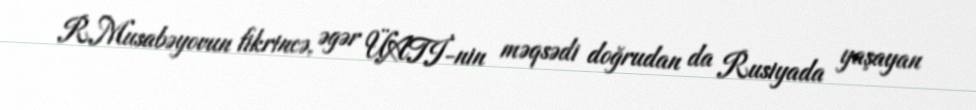
R.Musabəyovun fikrincə, əgər ÜATİ-nin məqsədi doğrudan da Rusiyada yaşayan